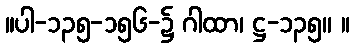
။ပါ-၁၃၅-၁၅၆-၌ ဂါထာ၊ ဋ္ဌ-၁၃၅။ ။